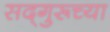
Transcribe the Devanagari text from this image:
सद्‌गुरूच्या